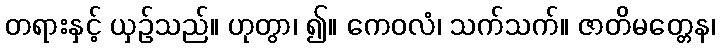
တရားနှင့် ယှဉ်သည်။ ဟုတွာ၊ ၍။ ကေဝလံ၊ သက်သက်။ ဇာတိမတ္တေန၊